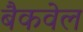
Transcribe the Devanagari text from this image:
बैकवेल